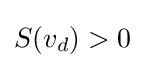
{\textstyle S(v_{d})>0}